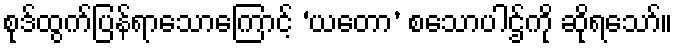
စုဒ်ထွက်ပြန်ရာသောကြောင့် ‘ယတော’ စသောပါဌ်ကို ဆိုရသော်။